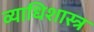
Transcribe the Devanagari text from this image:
व्याधिशास्त्र